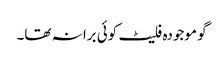
گو موجودہ فلیٹ کوئی برا نہ تھا۔